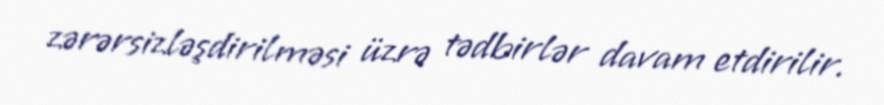
zərərsizləşdirilməsi üzrə tədbirlər davam etdirilir.